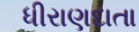
ધીરાણદાતા